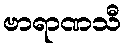
ဗာရာဏသီ